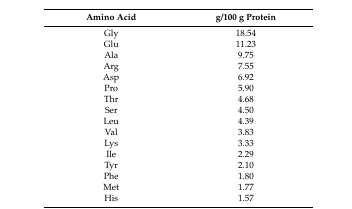
<table><thead><tr><td><b>Amino Acid</b></td><td><b>g/100 g Protein</b></td></tr></thead><tbody><tr><td>Gly</td><td>18.54</td></tr><tr><td>Glu</td><td>11.23</td></tr><tr><td>Ala</td><td>9.75</td></tr><tr><td>Arg</td><td>7.55</td></tr><tr><td>Asp</td><td>6.92</td></tr><tr><td>Pro</td><td>5.90</td></tr><tr><td>Thr</td><td>4.68</td></tr><tr><td>Ser</td><td>4.50</td></tr><tr><td>Leu</td><td>4.39</td></tr><tr><td>Val</td><td>3.83</td></tr><tr><td>Lys</td><td>3.33</td></tr><tr><td>Ile</td><td>2.29</td></tr><tr><td>Tyr</td><td>2.10</td></tr><tr><td>Phe</td><td>1.80</td></tr><tr><td>Met</td><td>1.77</td></tr><tr><td>His</td><td>1.57</td></tr></tbody></table>